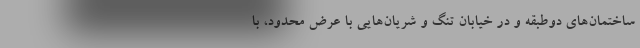
ساختمان‌های دوطبقه و در خیابان‌ تنگ و شریان‌هایی با عرض محدود، با